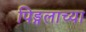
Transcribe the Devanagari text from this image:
पिङ्गलाच्या